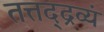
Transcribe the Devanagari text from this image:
तत्तद्द्रव्यं